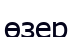
өзер